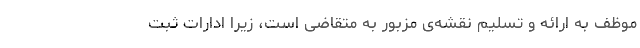
موظف به ارائه و تسلیم نقشه‌ی مزبور به متقاضی است، زیرا ادارات ثبت